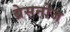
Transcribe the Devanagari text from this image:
ब्रेसनोज